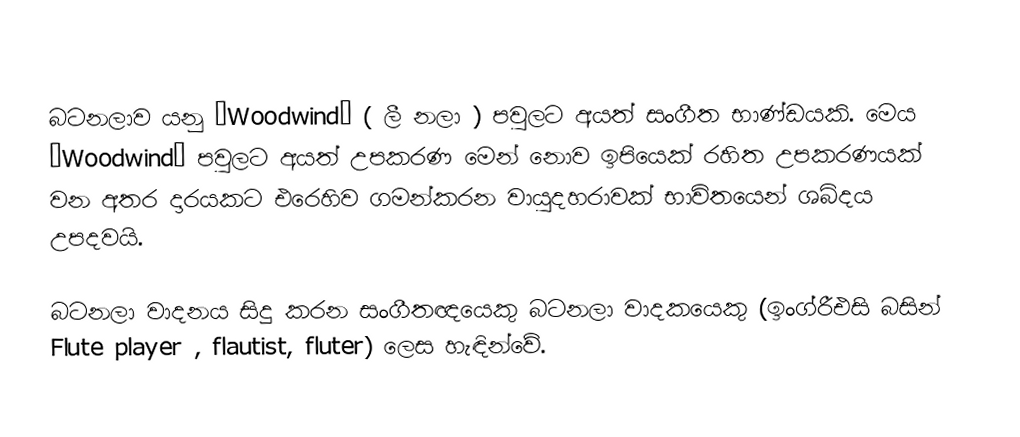
බටනලාව යනු “Woodwind” ( ලී නලා ) පවුලට අයත් සංගීත භාණ්ඩයකි. මෙය “Woodwind” පවුලට අයත් උපකරණ මෙන් නොව ඉපියෙක් රහිත උපකරණයක් වන අතර දාරයකට එරෙහිව ගමන්කරන වායුදහරාවක් භාවිතයෙන් ශබ්දය උපදවයි.

බටනලා වාදනය සිදු කරන සංගීතඥයෙකු බටනලා වාදකයෙකු (ඉංග්රීඑසි බසින් Flute player , flautist, fluter) ලෙස හැඳින්වේ.